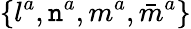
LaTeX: \{ l^{a},\mathtt{n}^{a},m^{a},{\bar{{m}}}^{a}\}